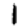
Digit: 1